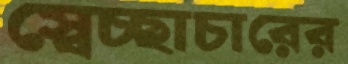
স্বেচ্ছাচারের